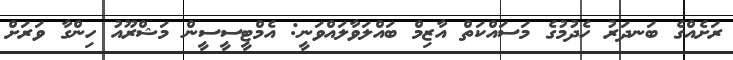
ރަށެއްގެ ބަނދަރު ހެދުމުގެ މަސައްކަތް އާޒިމް ބައްލަވާލައްވަނީ: އެމްޓީސީސީން މަޝްރޫއު ހިންގާ ވަރަށް